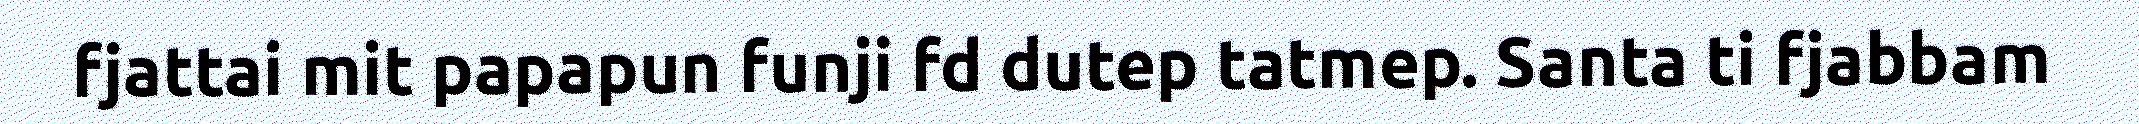
fjattai mit papapun funji fd dutep tatmep. Santa ti fjabbam